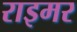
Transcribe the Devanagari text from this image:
राइमर